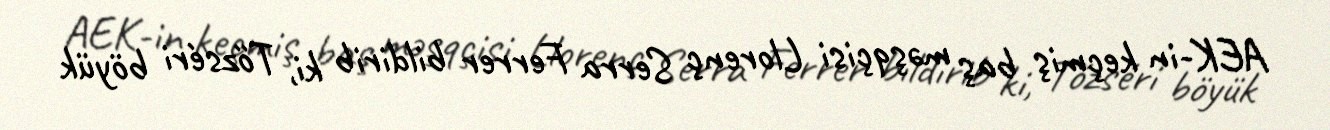
AEK-in keçmiş baş məşqçisi Llorenç Serra Ferrer bildirib ki, Tőzséri böyük